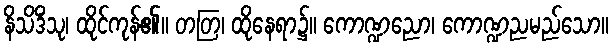
နိသိဒိံသု၊ ထိုင်ကုန်၏။ တတြ၊ ထိုနေရာ၌။ ကောဏ္ဍညော၊ ကောဏ္ဍညမည်သော။